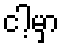
ငါ့မှာ